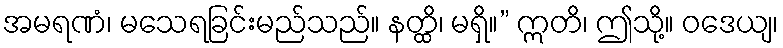
အမရဏံ၊ မသေရခြင်းမည်သည်။ နတ္ထိ၊ မရှိ။” ဣတိ၊ ဤသို့။ ဝဒေယျ၊